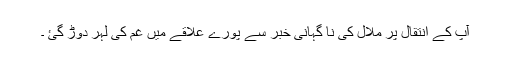
آپ کے انتقال پر ملال کی نا گہانی خبر سے پورے علاقے میں غم کی لہر دوڑ گئ ۔